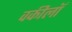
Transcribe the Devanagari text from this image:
वकीलॉ